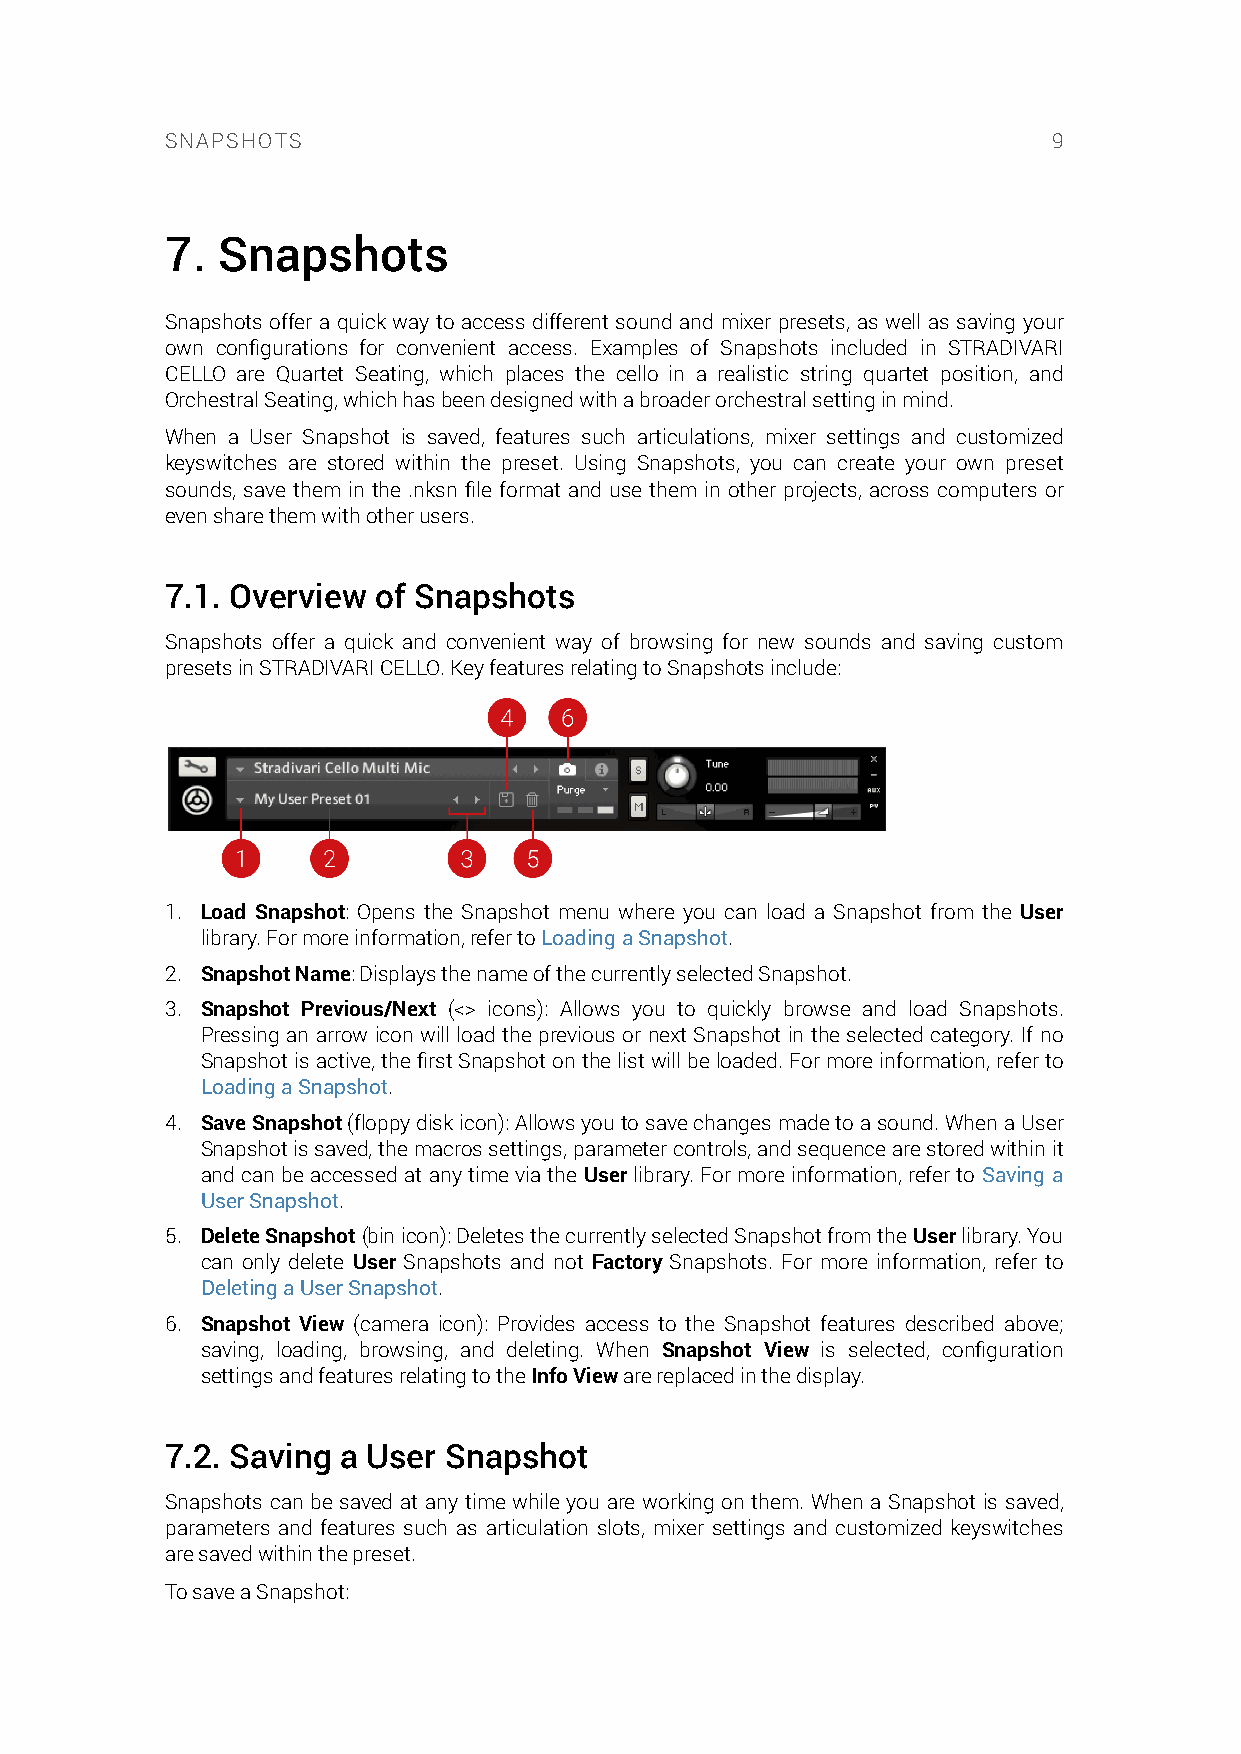
SNAPSHOTS                                                  9
 7. Snapshots
 Snapshots offer a quick way to access different sound and mixer presets, as well as saving your
 own configurations for convenient access. Examples of Snapshots included in STRADIVARI
 CELLO are Quartet Seating, which places the cello in a realistic string quartet position, and
 Orchestral Seating, which has been designed with a broader orchestral setting in mind.
 When a User Snapshot is saved, features such articulations, mixer settings and customized
 keyswitches are stored within the preset. Using Snapshots, you can create your own preset
 sounds, save them in the .nksn file format and use them in other projects, across computers or
 even share them with other users.
 7.1. Overview of Snapshots
 Snapshots offer a quick and convenient way of browsing for new sounds and saving custom
 presets in STRADIVARI CELLO. Key features relating to Snapshots include:
 1. Load Snapshot: Opens the Snapshot menu where you can load a Snapshot from the User
 library. For more information, refer to Loading a Snapshot.
 2. Snapshot Name: Displays the name of the currently selected Snapshot.
 3. Snapshot Previous/Next (<> icons): Allows you to quickly browse and load Snapshots.
 Pressing an arrow icon will load the previous or next Snapshot in the selected category. If no
 Snapshot is active, the first Snapshot on the list will be loaded. For more information, refer to
 Loading a Snapshot.
 4. Save Snapshot (floppy disk icon): Allows you to save changes made to a sound. When a User
 Snapshot is saved, the macros settings, parameter controls, and sequence are stored within it
 and can be accessed at any time via the User library. For more information, refer to Saving a
 User Snapshot.
 5. Delete Snapshot (bin icon): Deletes the currently selected Snapshot from the User library. You
 can only delete User Snapshots and not Factory Snapshots. For more information, refer to
 Deleting a User Snapshot.
 6. Snapshot View (camera icon): Provides access to the Snapshot features described above;
 saving, loading, browsing, and deleting. When Snapshot View is selected, configuration
 settings and features relating to the Info View are replaced in the display.
 7.2. Saving a User Snapshot
 Snapshots can be saved at any time while you are working on them. When a Snapshot is saved,
 parameters and features such as articulation slots, mixer settings and customized keyswitches
 are saved within the preset.
 To save a Snapshot: